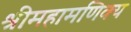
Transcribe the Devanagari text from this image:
श्रीमहामणिक्य